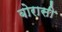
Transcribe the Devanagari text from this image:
बोरासी